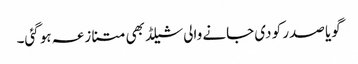
گویا صدر کو دی جانے والی شیلڈ بھی متنازعہ ہو گئی۔